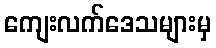
ကျေးလက်ဒေသများမှ